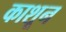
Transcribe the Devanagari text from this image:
काशून